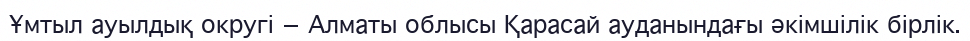
Ұмтыл ауылдық округі — Алматы облысы Қарасай ауданындағы әкімшілік бірлік.